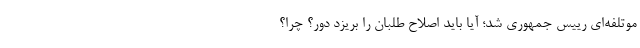
موتلفه‌ای رییس جمهوری شد؛ آیا باید اصلاح طلبان را بریزد دور؟ چرا؟